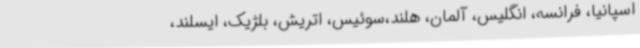
اسپانیا، فرانسه، انگلیس، آلمان، هلند،‌سوئیس، اتریش، بلژیک، ایسلند،